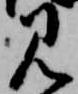
見